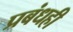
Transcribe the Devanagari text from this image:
प्रबंधही